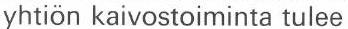
yhtiön kaivostoiminta tulee